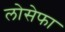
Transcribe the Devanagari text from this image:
लोसेफा